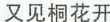
又见桐花开